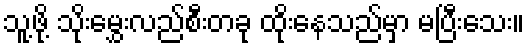
သူ့ဖို့ သိုးမွှေးလည်စီးတခု ထိုးနေသည်မှာ မပြီးသေး။